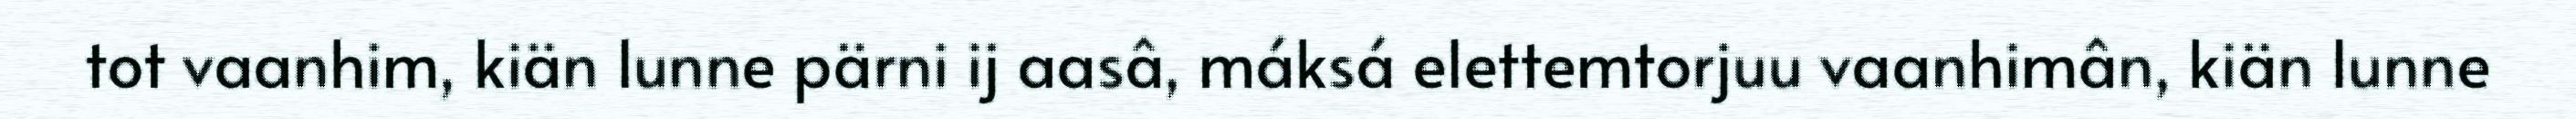
tot vaanhim, kiän lunne pärni ij aasâ, máksá elettemtorjuu vaanhimân, kiän lunne